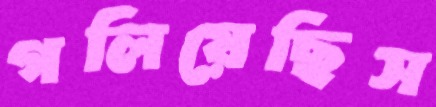
গলিয়েছিস